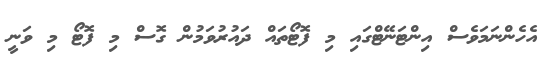
އެހެންނަމަވެސް އިންޓަނޭޓްގައި މި ފޮޓޯތައް ދައުރުވަމުން ގޮސް މި ފޮޓޯ މި ވަނީ